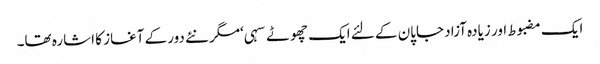
ایک مضبوط اور زیادہ آزاد جاپان کے لئے ایک چھوٹے سہی ‘مگر نئے دور کے آغاز کا اشارہ تھا۔